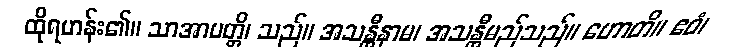
ထိုရဟန်း၏။ သာအာပတ္တိ၊ သည်။ အသန္တီနာမ၊ အသန္တီမည်သည်။ ဟောတိ။ ဧဝံ၊